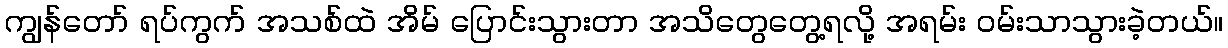
ကျွန်တော် ရပ်ကွက် အသစ်ထဲ အိမ် ပြောင်းသွားတာ အသိတွေတွေ့ရလို့ အရမ်း ဝမ်းသာသွားခဲ့တယ်။